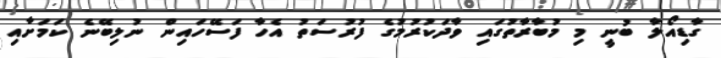
ގާޑިއޯލާ ބުނީ މި މުބާރާތުގައި ވާދަކުރުމުގެ ފުރުސަތު އެހާ ފަސޭހައިން ނުލިބޭނެ ކަމަށާއި